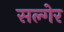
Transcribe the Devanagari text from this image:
सल्गेर